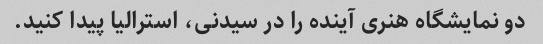
دو نمایشگاه هنری آینده را در سیدنی، استرالیا پیدا کنید.